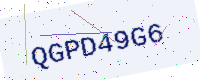
Text: QGPD49G6